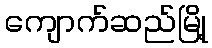
ကျောက်ဆည်မြို့